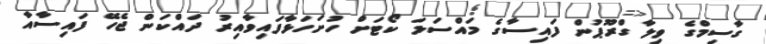
ގާސިމްގެ ވިލާ ގްރޫޕުން ފައިސާގެ މައްސަލަ ކޯޓަށް ހުށަހަޅާފައިވާއިރު ދައްކަން ޖެހޭ ފައިސާއާ